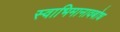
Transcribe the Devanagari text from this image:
स्वाभिमानावबोध